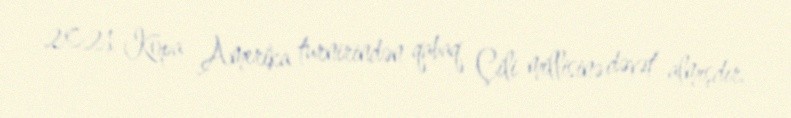
2021 Kopa Amerika turnirindən qabaq Çili millisinə dəvət almışdır.